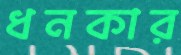
ধনকার